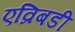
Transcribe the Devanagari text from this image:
एव्रिबडी